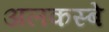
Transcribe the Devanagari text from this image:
अलकस्बे